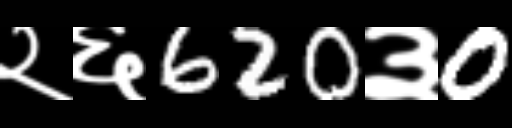
Text: २६620३0